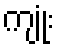
ကျုံး